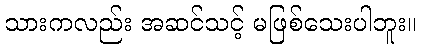
သားကလည်း အဆင်သင့် မဖြစ်သေးပါဘူး။